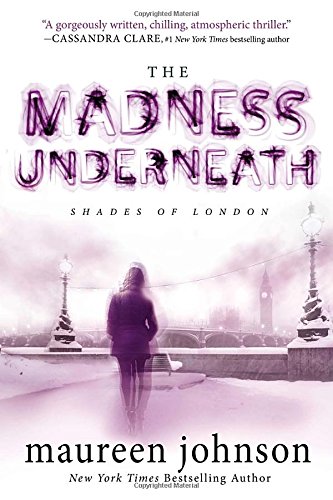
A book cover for The Madness Underneath: Book 2 (The Shades of London); Maureen Johnson; Teen & Young Adult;